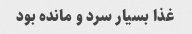
غذا بسیار سرد و مانده بود